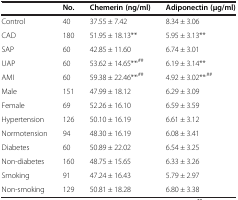
<table><thead><tr><td></td><td><b>No.</b></td><td><b>Chemerin (ng/ml)</b></td><td><b>Adiponectin (μg/ml)</b></td></tr></thead><tbody><tr><td>Control</td><td>40</td><td>37.55 ± 7.42</td><td>8.34 ± 3.06</td></tr><tr><td>CAD</td><td>180</td><td>51.95 ± 18.13**</td><td>5.95 ± 3.13**</td></tr><tr><td>SAP</td><td>60</td><td>42.85 ± 11.60</td><td>6.74 ± 3.01</td></tr><tr><td>UAP</td><td>60</td><td>53.62 ± 14.65**<sup>,##</sup></td><td>6.19 ± 3.14**</td></tr><tr><td>AMI</td><td>60</td><td>59.38 ± 22.46**<sup>,##</sup></td><td>4.92 ± 3.02**<sup>,##</sup></td></tr><tr><td>Male</td><td>151</td><td>47.99 ± 18.12</td><td>6.29 ± 3.09</td></tr><tr><td>Female</td><td>69</td><td>52.26 ± 16.10</td><td>6.59 ± 3.59</td></tr><tr><td>Hypertension</td><td>126</td><td>50.10 ± 16.19</td><td>6.61 ± 3.12</td></tr><tr><td>Normotension</td><td>94</td><td>48.30 ± 16.19</td><td>6.08 ± 3.41</td></tr><tr><td>Diabetes</td><td>60</td><td>50.89 ± 22.02</td><td>6.54 ± 3.25</td></tr><tr><td>Non-diabetes</td><td>160</td><td>48.75 ± 15.65</td><td>6.33 ± 3.26</td></tr><tr><td>Smoking</td><td>91</td><td>47.24 ± 16.43</td><td>5.79 ± 2.97</td></tr><tr><td>Non-smoking</td><td>129</td><td>50.81 ± 18.28</td><td>6.80 ± 3.38</td></tr></tbody></table>